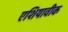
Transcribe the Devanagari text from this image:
एशियावीक